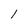
Character: l